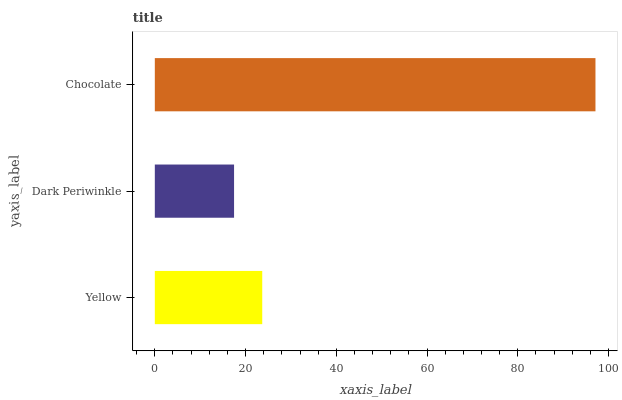
| yaxis_label | bars |
 | --- | --- |
 | Yellow | 23.7 |
 | Dark Periwinkle | 17.5 |
 | Chocolate | 97.1 |